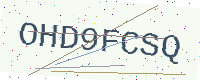
Text: OHD9FCSQ